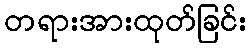
တရားအားထုတ်ခြင်း